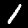
Label: 1